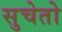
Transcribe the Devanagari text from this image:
सुचेतो